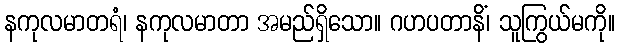
နကုလမာတရံ၊ နကုလမာတာ အမည်ရှိသော။ ဂဟပတာနိံ၊ သူကြွယ်မကို။